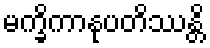
မက္ခိကာနုပတိဿန္တိ